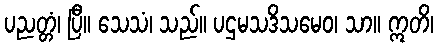
ပညတ္တံ၊ ပြီ။ သေသံ၊ သည်။ ပဌမသဒိသမေဝ၊ သာ။ ဣတိ၊